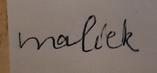
Signature authenticity: forged